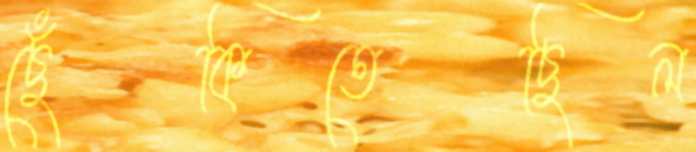
ছেঁকিতেছিল